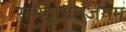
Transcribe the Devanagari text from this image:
सुभद्राधनंजयम